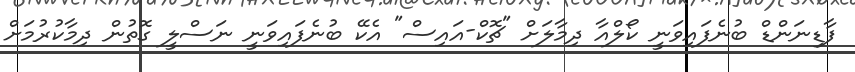
ފާޑިނަންޑް ބުނެފައިވަނީ ކޯލްއާ ދިމާލަށް "ޗޮކް-އައިސް" އެކޭ ބުނެފައިވަނީ ނަސްލީ ގޮތުން ދިމާކުރުމަށް